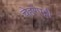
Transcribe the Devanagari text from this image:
चेहरेपट्टी